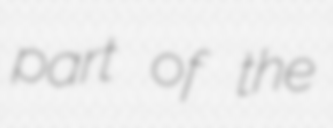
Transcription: part of the